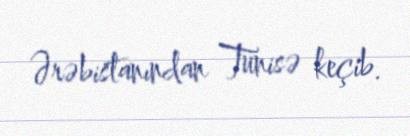
Ərəbistanından Tunisə keçib.